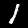
Digit: 1